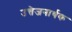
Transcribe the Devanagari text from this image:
उत्तेजनार्थक